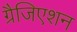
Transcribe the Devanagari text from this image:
ग्रैजिएशन